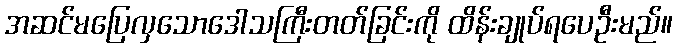
အဆင်မပြေလှသောဒေါသကြီးတတ်ခြင်းကို ထိန်းချုပ်ရပေဦးမည်။